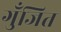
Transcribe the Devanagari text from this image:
गुँजित